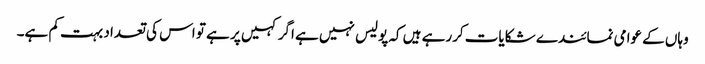
وہاں کے عوامی نمائندے شکایات کررہے ہیں کہ پولیس نہیں ہے اگر کہیں پر ہے تو اس کی تعداد بہت کم ہے۔